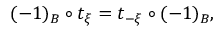
( - 1 ) _ { B } \circ t _ { \xi } = t _ { - \xi } \circ ( - 1 ) _ { B } ,